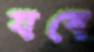
যবে